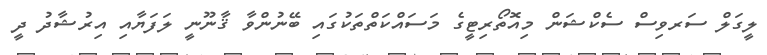
ލީގަލް ސަރވިސް ސެކްޝަން މިއޮތޯރިޓީގެ މަސައްކަތްތަކުގައި ބޭނުންވާ ޤާނޫނީ ލަފަޔާއި އިރުޝާދު ދީ